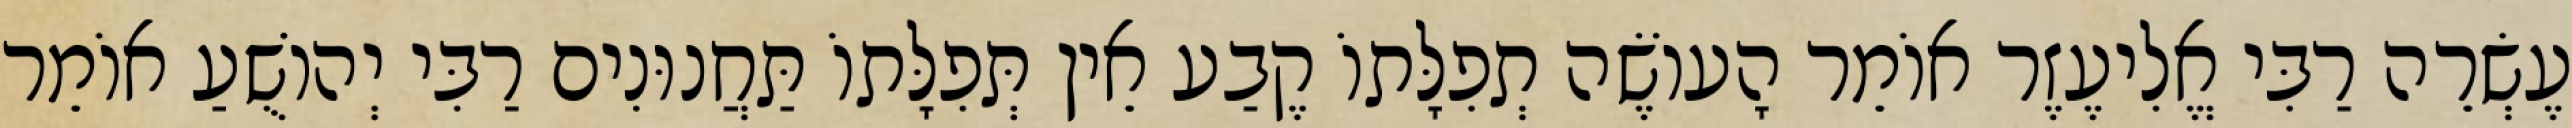
עֶשְׂרֵה רַבִּי אֱלִיעֶזֶר אוֹמֵר הָעוֹשֶׂה תְפִלָּתוֹ קֶבַע אֵין תְּפִלָּתוֹ תַּחֲנוּנִים רַבִּי יְהוֹשֻׁעַ אוֹמֵר